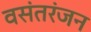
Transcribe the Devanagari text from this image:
वसंतरंजन